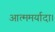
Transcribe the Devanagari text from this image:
आत्ममर्यादा।